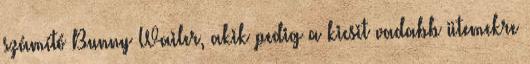
számító Bunny Wailer, akik pedig a kicsit vadabb ütemekre